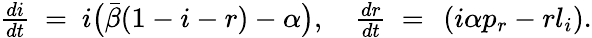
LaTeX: \begin{array}{r}{\frac{di}{dt}\ =\ i\big(\bar{\beta}(1-i-r)-\alpha\big),\ \ \ \ \frac{dr}{dt}\ =\ \left(i\alpha p_{r}-rl_{i}\right).}\end{array}